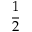
\frac 1 2